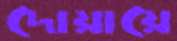
দোয়ায়ে